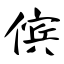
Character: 傧